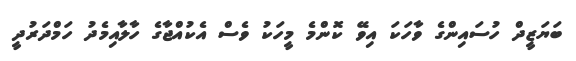
ބަޔަޒީދް ހުސައިންގެ ވާހަކަ އިވޭ ކޮންމެ މީހަކު ވެސް އެކުއްޖާގެ ހާލާއިމެދު ހަމްދަރުދީ